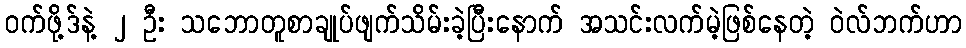
ဝက်ဖို့ဒ်နဲ့ ၂ ဦး သဘောတူစာချုပ်ဖျက်သိမ်းခဲ့ပြီးနောက် အသင်းလက်မဲ့ဖြစ်နေတဲ့ ဝဲလ်ဘက်ဟာ